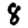
Digit: 8